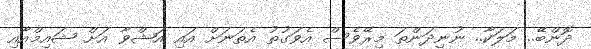
ދޮންބޭ.. މަލަކާ.. ނުނިދަންތަ މިރޭވެސް އެވަގުތު އެތަނަށް އައި އަޝްވާ އަށް ޝައިމްއާއި